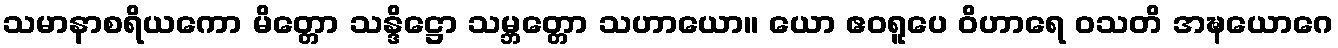
သမာနာစရိယကော မိတ္တော သန္ဒိဋ္ဌော သမ္ဘတ္တော သဟာယော။ ယော ဧဝရူပေ ဝိဟာရေ ဝသတိ အဍ္ဎယောဂေ